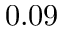
0 . 0 9